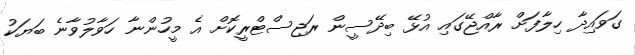
ގަވައިދާ ހިލާފަށް ރާއްޖޭގައި އުޅޭ ބިދޭސީން ރަޖިސްޓްރީކޮށް އެ މީހުންނާ ހަވާލުވާނެ ބަޔަކު